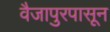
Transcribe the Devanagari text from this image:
वैजापुरपासून